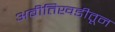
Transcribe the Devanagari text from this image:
अबीतिखडीतून